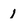
Character: 1